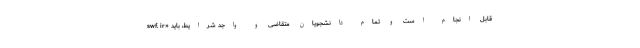
swf. ir» قابل انجام است و تمام دانشجویان متقاضی و واجد شرایط، باید